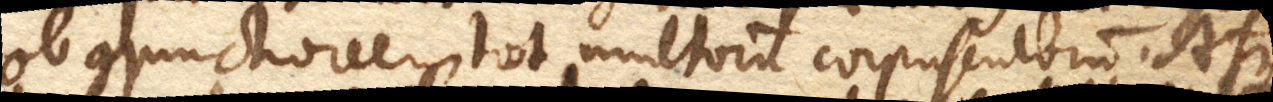
ob conjunctionem tot multorum corpusculorum. Atque